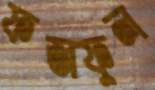
ফজফুল